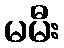
မမီး